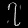
Digit: ၇